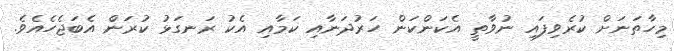
މިހާތަނަށް ކުރެވިފައި ނުވާތީ އެކަންކަން ހަރުދަނާއި ކަމާއި އެކު ރަނގަޅު ކުރަން އެބަޖެހެއެވެ.